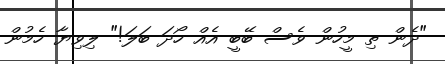
"ދެން ތި މީހުން ވެސް ބޭބީ އެއް ހޯދަ ބަލަ!" ލިވިޔާ ހެމުން